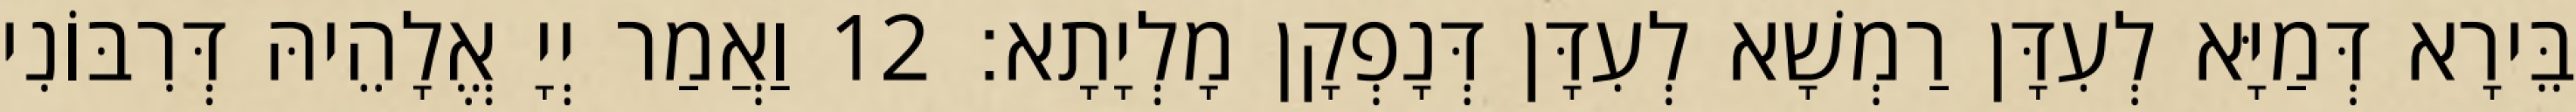
בֵּירָא דְּמַיָּא לְעִדָּן רַמְשָׁא לְעִדָּן דְּנָפְקָן מָלְיָתָא׃ 12 וַאֲמַר יְיָ אֱלָהֵיהּ דְּרִבּוֹנִי